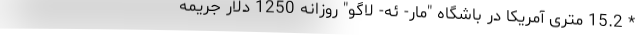
* 15.2 متری آمریکا در باشگاه "مار- ئه- لاگو" روزانه 1250 دلار جریمه